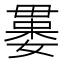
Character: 𣫻